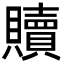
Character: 贖